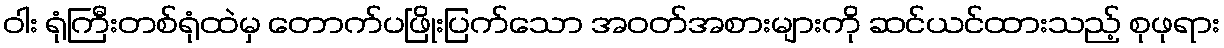
ဝါး ရုံကြီးတစ်ရုံထဲမှ တောက်ပဖြိုးပြက်သော အဝတ်အစားများကို ဆင်ယင်ထားသည့် စုဖုရား